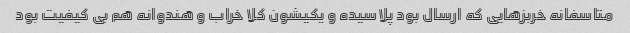
متاسفانه خربزهایی که ارسال بود پلاسیده و یکیشون کلا خراب و هندوانه هم بی کیفیت بود